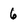
Character: 6